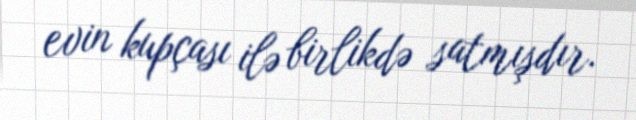
evin kupçası ilə birlikdə satmışdır.